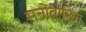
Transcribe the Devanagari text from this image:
मनोवाछिंत